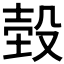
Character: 𣪝